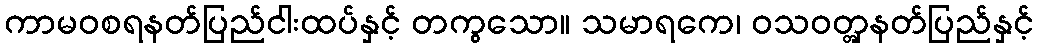
ကာမဝစရနတ်ပြည်ငါးထပ်နှင့် တကွသော။ သမာရကေ၊ ဝသဝတ္တှနတ်ပြည်နှင့်